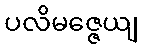
ပလိမဇ္ဇေယျ